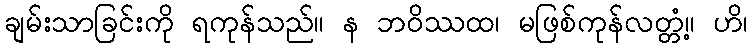
ချမ်းသာခြင်းကို ရကုန်သည်။ န ဘဝိဿထ၊ မဖြစ်ကုန်လတ္တံ့။ ဟိ၊